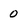
Character: 0